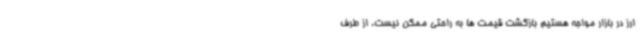
ارز در بازار مواجه هستیم بازگشت قیمت ها به راحتی ممکن نیست. از طرف